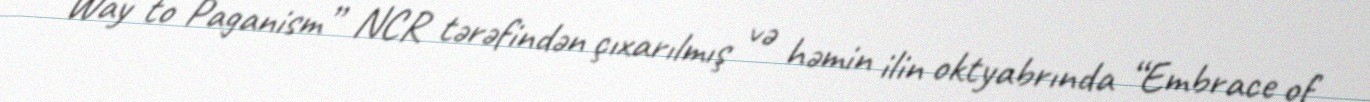
Way to Paganism” NCR tərəfindən çıxarılmış və həmin ilin oktyabrında “Embrace of